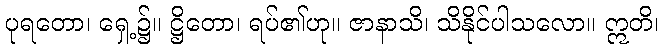
ပုရတော၊ ရှေ့၌။ ဋ္ဌိတော၊ ရပ်၏ဟု။ ဇာနာသိ၊ သိနိုင်ပါသလော။ ဣတိ၊